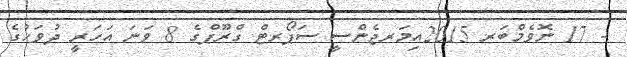
- 17 ނޮވެމްބަރ 2015އިމަރޖެންސީ ސަޕޯރޓް ގްރޫޕްގެ 8 ވަނަ އަހަރީ ދުވަހުގެ